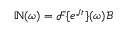
\mathbb { N } ( \omega ) = \mathcal { F } \{ e ^ { \mathcal J t } \} ( \omega ) \mathcal { B }